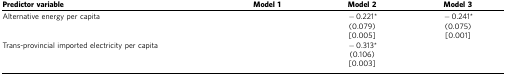
<table><thead><tr><td><b>Predictor variable</b></td><td><b>Model 1</b></td><td><b>Model 2</b></td><td><b>Model 3</b></td></tr></thead><tbody><tr><td>Alternative energy per capita</td><td>[EMPTY_CELL]</td><td>−0.221*(0.079)[0.005]</td><td>−0.241*(0.075)[0.001]</td></tr><tr><td>Trans-provincial imported electricity per capita</td><td>[EMPTY_CELL]</td><td>−0.313*(0.106)[0.003]</td><td>[EMPTY_CELL]</td></tr></tbody></table>